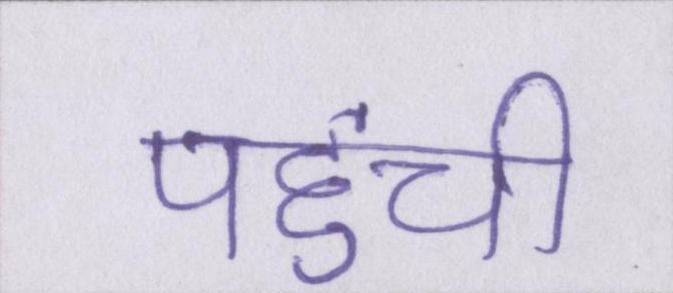
पहुंची